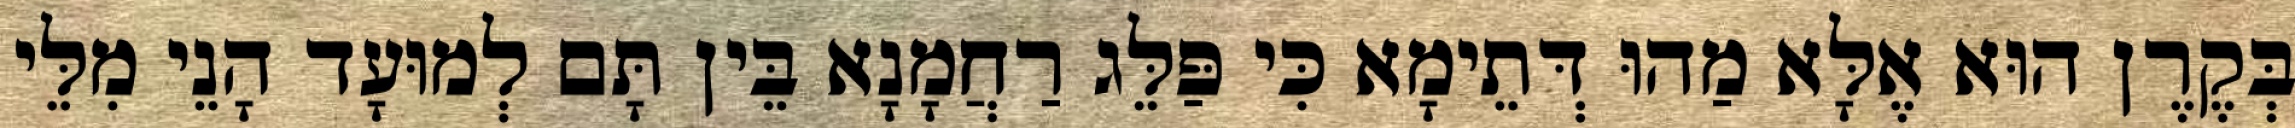
בְּקֶרֶן הוּא אֶלָּא מַהוּ דְּתֵימָא כִּי פַּלֵּג רַחֲמָנָא בֵּין תָּם לְמוּעָד הָנֵי מִלֵּי